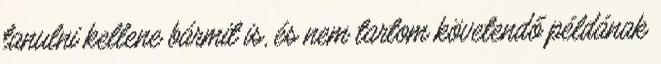
tanulni kellene bármit is, és nem tartom követendő példának